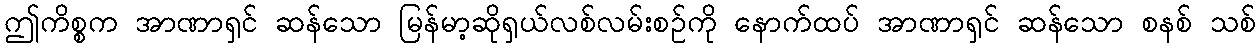
ဤကိစ္စက အာဏာရှင် ဆန်သော မြန်မာ့ဆိုရှယ်လစ်လမ်းစဉ်ကို နောက်ထပ် အာဏာရှင် ဆန်သော စနစ် သစ်